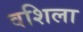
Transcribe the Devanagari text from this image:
वशिला